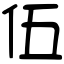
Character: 伍